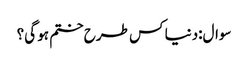
سوال:دنیا کس طرح ختم ہو گی؟